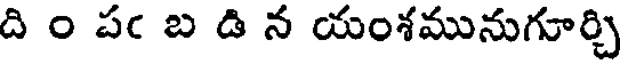
ది ం పఁ బ డి న యంశమునుగూర్చి